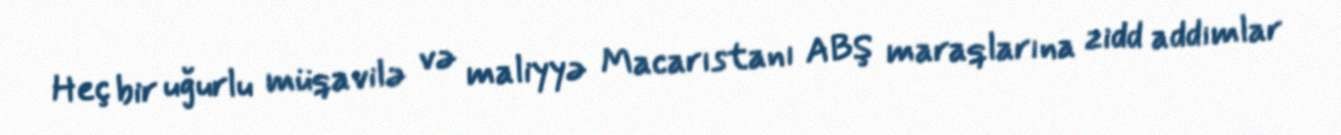
Heç bir uğurlu müqavilə və maliyyə Macarıstanı ABŞ maraqlarına zidd addımlar